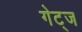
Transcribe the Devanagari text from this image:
गेट्ज